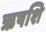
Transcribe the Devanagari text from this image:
ऋषशि